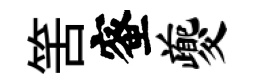
筈蜜夔